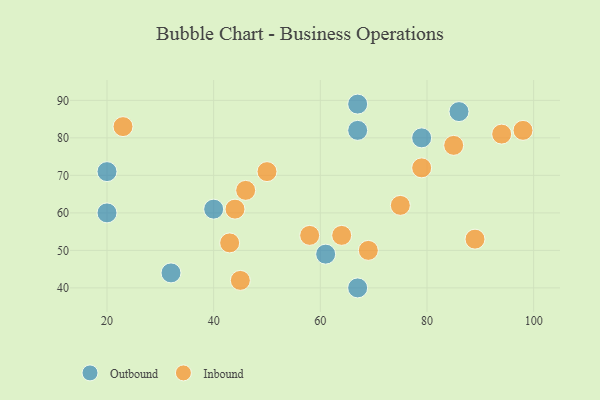
{"axis": {"x": "GDP", "y": "Life Expectancy"}, "legend": ["Inbound", "Outbound"], "data": [{"x": "86", "y": 87, "type": "Outbound"}, {"x": "67", "y": 89, "type": "Outbound"}, {"x": "61", "y": 49, "type": "Outbound"}, {"x": "67", "y": 82, "type": "Outbound"}, {"x": "20", "y": 60, "type": "Outbound"}, {"x": "32", "y": 44, "type": "Outbound"}, {"x": "40", "y": 61, "type": "Outbound"}, {"x": "67", "y": 40, "type": "Outbound"}, {"x": "79", "y": 80, "type": "Outbound"}, {"x": "20", "y": 71, "type": "Outbound"}, {"x": "43", "y": 52, "type": "Inbound"}, {"x": "64", "y": 54, "type": "Inbound"}, {"x": "46", "y": 66, "type": "Inbound"}, {"x": "50", "y": 71, "type": "Inbound"}, {"x": "23", "y": 83, "type": "Inbound"}, {"x": "44", "y": 61, "type": "Inbound"}, {"x": "79", "y": 72, "type": "Inbound"}, {"x": "85", "y": 78, "type": "Inbound"}, {"x": "98", "y": 82, "type": "Inbound"}, {"x": "45", "y": 42, "type": "Inbound"}, {"x": "69", "y": 50, "type": "Inbound"}, {"x": "58", "y": 54, "type": "Inbound"}, {"x": "94", "y": 81, "type": "Inbound"}, {"x": "75", "y": 62, "type": "Inbound"}, {"x": "89", "y": 53, "type": "Inbound"}]}